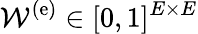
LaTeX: \mathcal{W}^{\mathrm{(e)}}\in[0,1]^{E\times E}